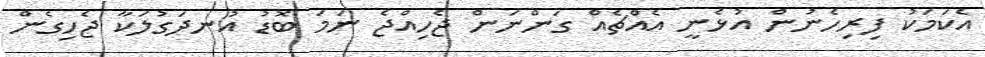
އެކަމަކު ފިރިހެނުން އުޅެނީ އެއްޗެއް ގަންނަން ޖެހިއްޖެ ނަމަ ބޮޑު އުނދަގުލަކާ ޖެހިގެން